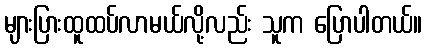
များပြားထူထပ်လာမယ်လို့လည်း သူက ပြောပါတယ်။